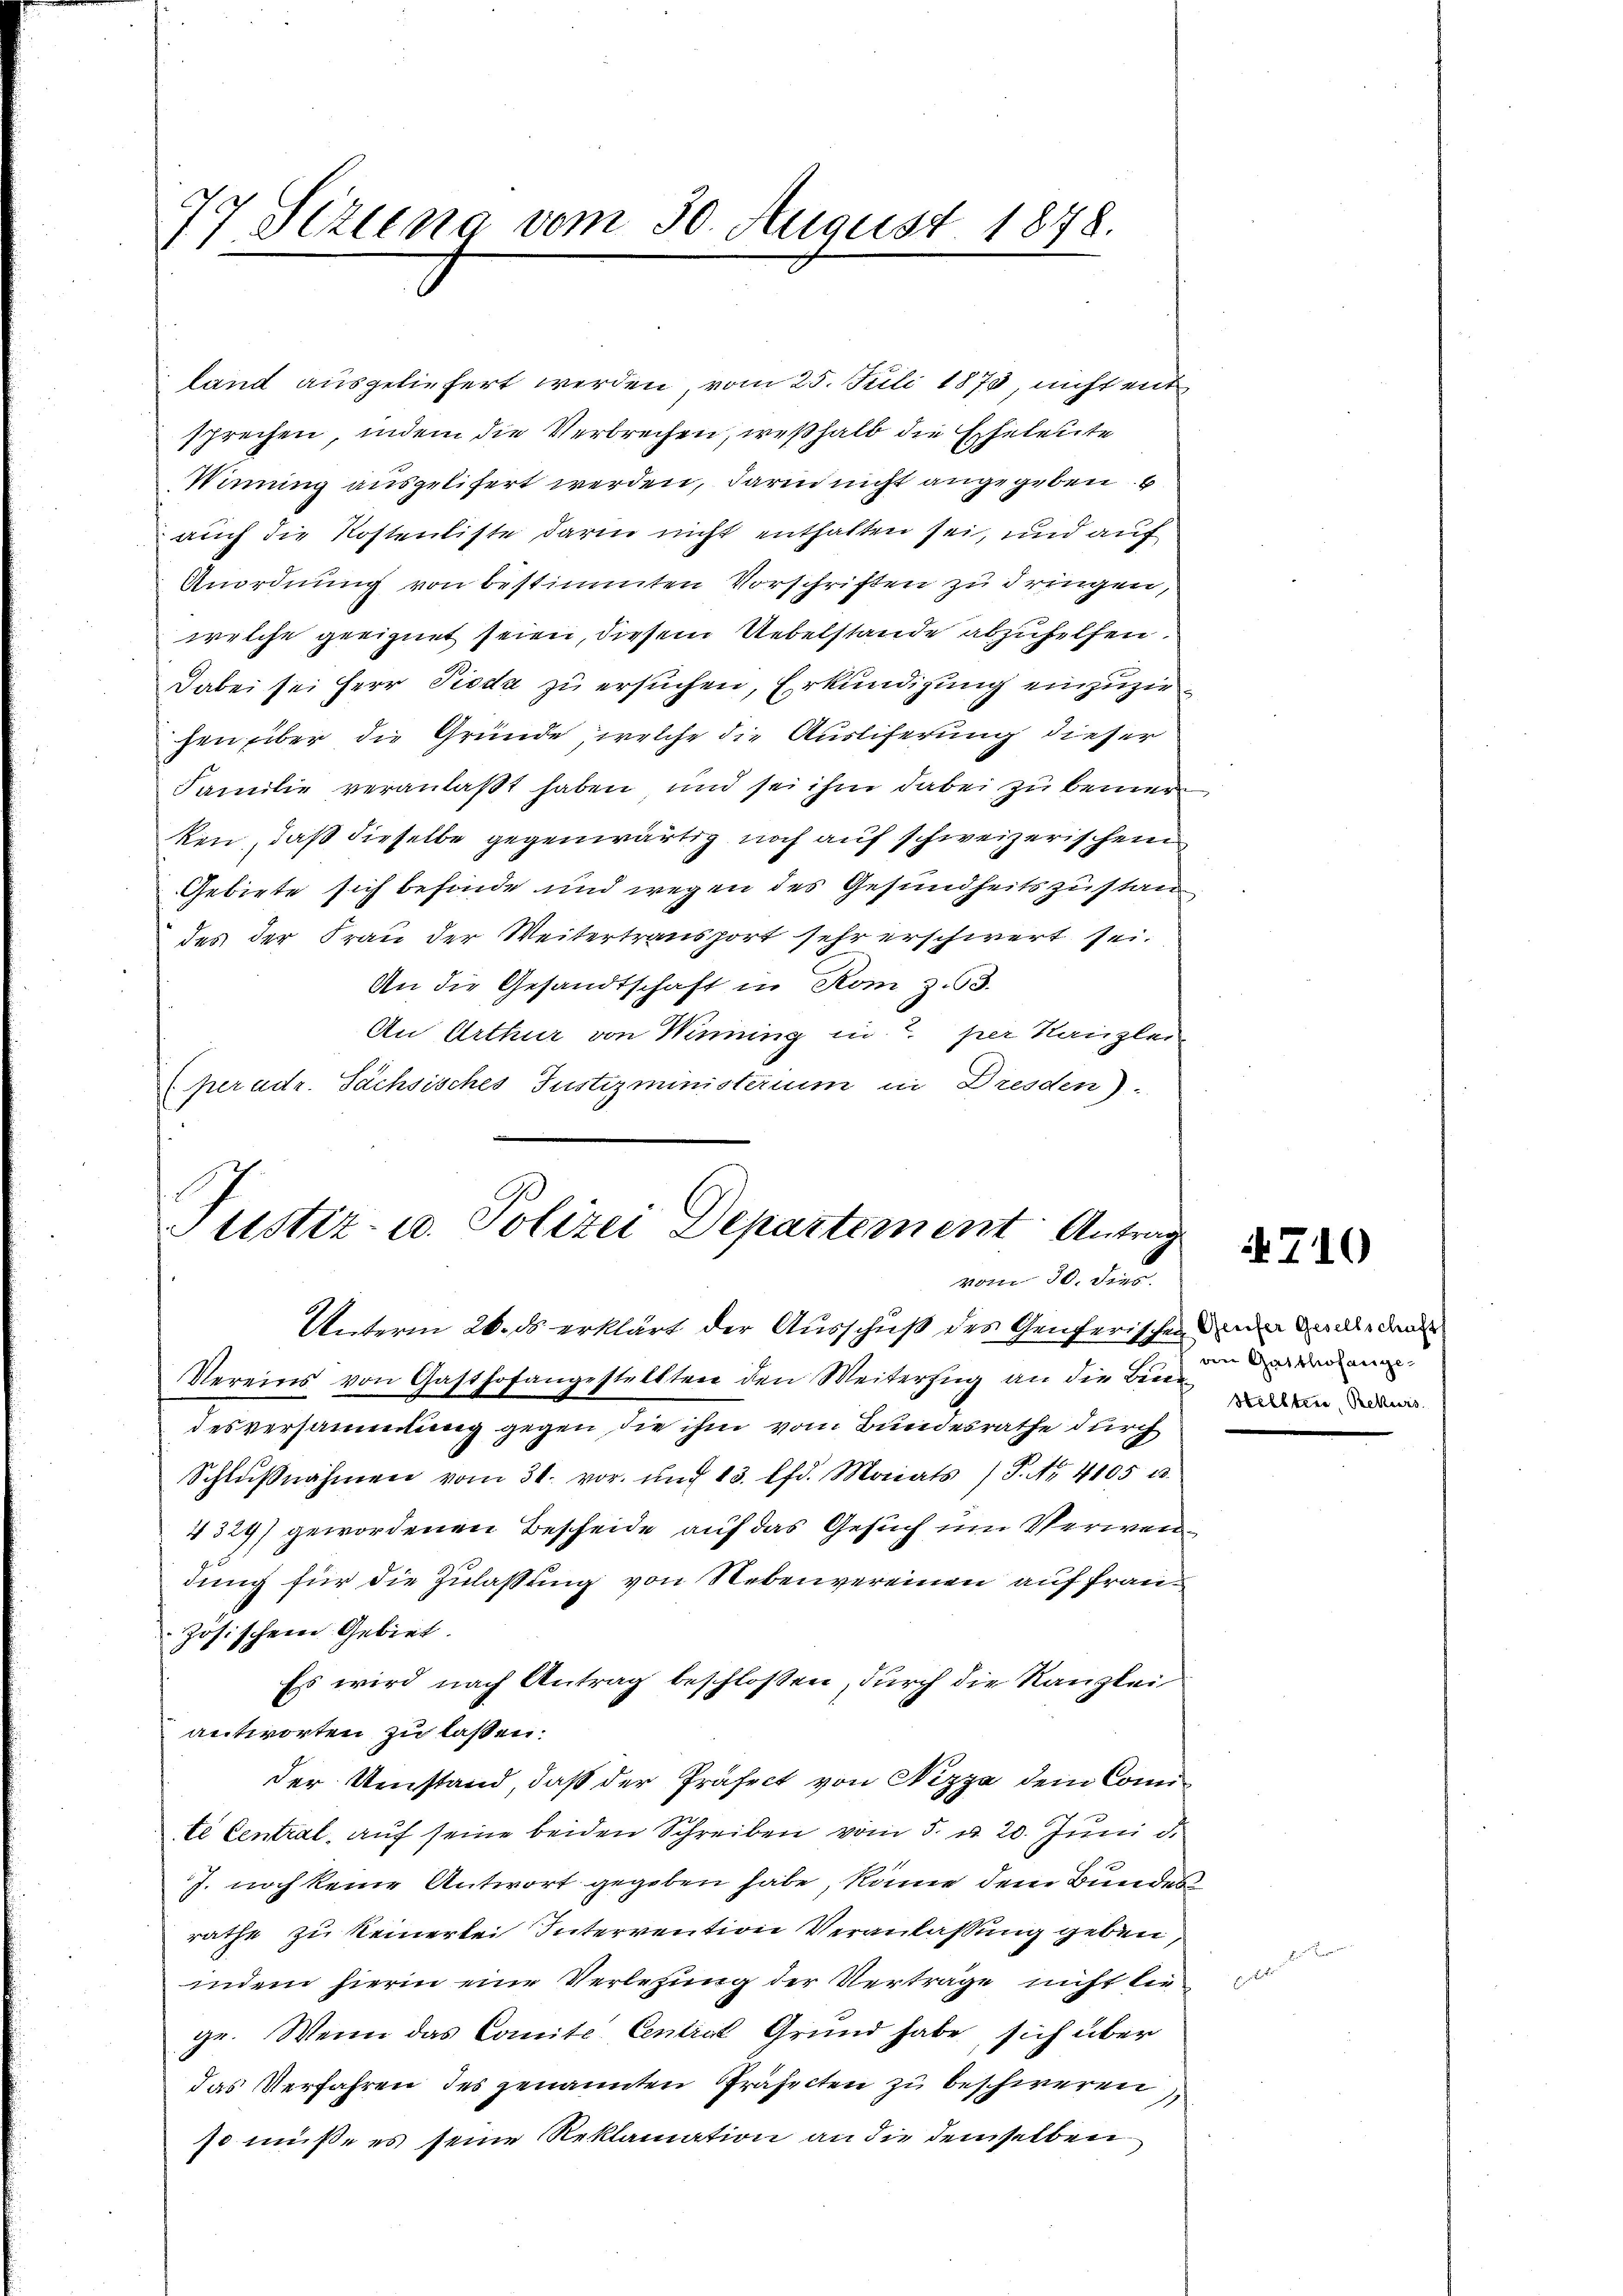
77 Sizung vom 30. August 1848.

land ausgeliefert werden, vom 25. Juli 1873, nicht ent
sprechen, indem die Verbrechen, weßhalb die Eheleute
Wimung ausgelifert werden, darin nicht angegeben
auch die Kostenliste darin nicht enthalten sei, und auf
Anordnung von bestimmten Vorschriften zu dringen,
welche geeignet seien, diesem Uebelstande abzuhelfen.
Dabei sei Herr Pioda zu ersuchen, Erkundigung einzuziehen über die Gründe, welche die Ausliferung dieser
Familie veranlaßt haben und sei ihm dabei zu bemerken, daß dieselbe gegenwärtig noch auf schweizerischem
Gebiete sich befinde und wegen des Gesundheitszustan
des der Frau der Weitertransport sehr erschwert sei.
An die Gesandtschaft in Rom z.53.
An Arthur von Winning in T. per Kanzlei
Chradr. Sächsisches Justizministerium in Dresden).

Justiz- u. Polizei Departement Antrag
vom 30. Dier.

Unterm 26. ds erklärt der Ausschuß des Genferischen in und den
Vereins von Gasthofangestellten den Weiterzug an die Bendesversammlung gegen die ihm vom Bundesrathe durch
Schlŭβnahmen vom 31. vor. und 13. lfd. Mariats / J. A. 4105 u.
4324) gewordenen Bescheide auf das Gesuch um Verwendung für die Zulassung von Nebenvereinen auf französischen Gebiet.
Es wird nach Antrag beschlossen, durch die Kanzlei
antworten zu laßen.
der Umstand, daß der Präfect von Nizza dem Conte Central, auf seine beiden Schreiben vom 5. d. 20. Juni d.
J. noch keine Antwort gegeben habe, könne dem Bundes
rathe zu keinerlei Intervention Veranlassung geben,
indem hierin eine Verletzung der Verträge nicht liege. Wenn das Comite Central Grund habe, sich über
das Verfahren des genannten Präfecten zu beschweren
so müße es seine Reklamation an die demselben

710

an Gasthofange-
Helltere, Rekurs